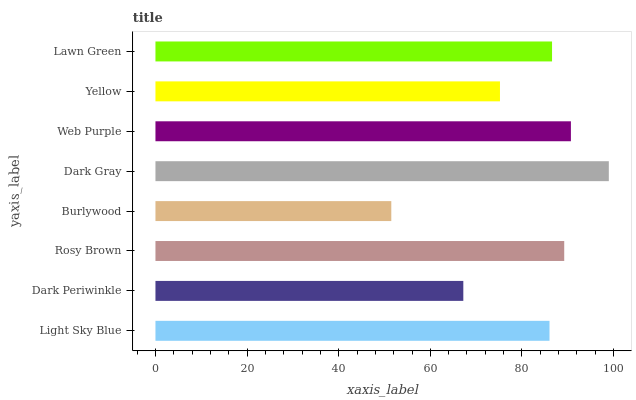
| yaxis_label | bars |
 | --- | --- |
 | Light Sky Blue | 86 |
 | Dark Periwinkle | 67.2 |
 | Rosy Brown | 89.2 |
 | Burlywood | 51.5 |
 | Dark Gray | 99 |
 | Web Purple | 90.7 |
 | Yellow | 75.2 |
 | Lawn Green | 86.6 |